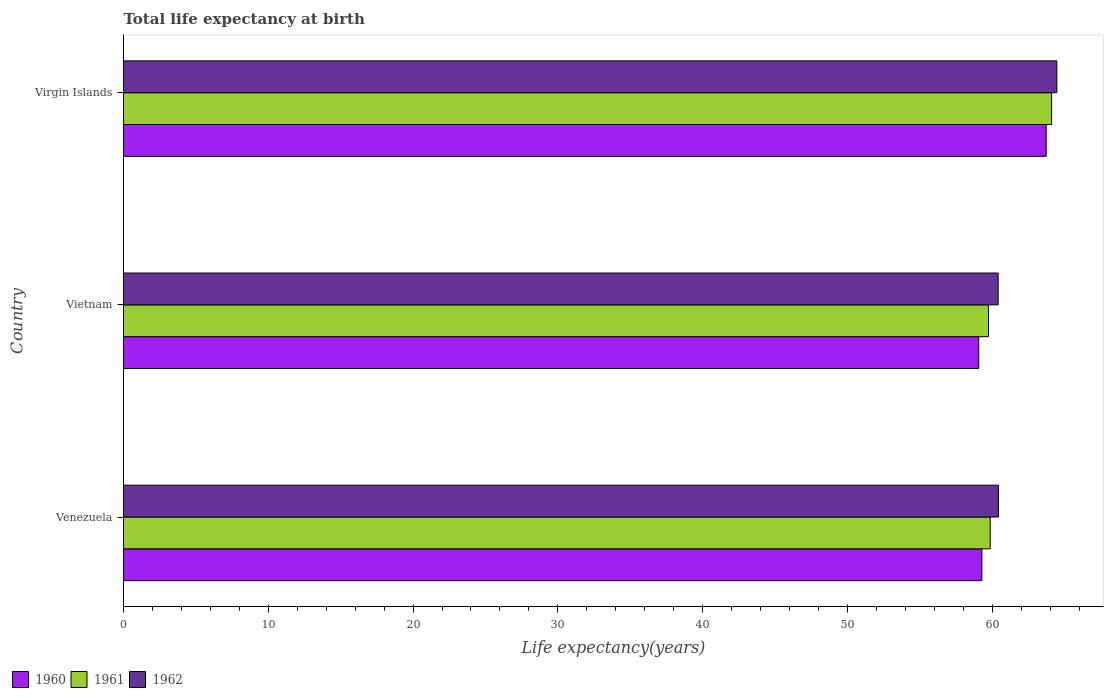
| Country | 1960 | 1961 | 1962 |
 | --- | --- | --- | --- |
 | Venezuela | 59.3 | 59.9 | 60.4 |
 | Vietnam | 59.1 | 59.7 | 60.4 |
 | Virgin Islands | 63.7 | 64.1 | 64.5 |